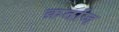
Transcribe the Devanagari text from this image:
क़र्ताज